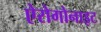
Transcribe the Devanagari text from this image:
ऐरोगोनाइट